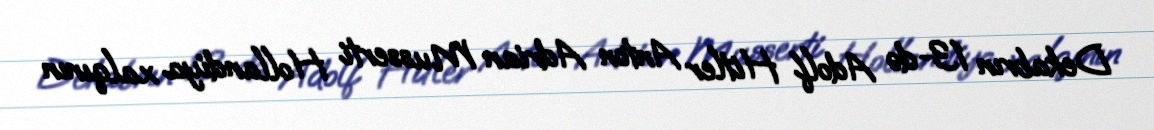
Dekabrın 13-də Adolf Hitler Anton Adrian Musserti Hollandiya xalqının